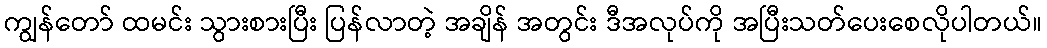
ကျွန်တော် ထမင်း သွားစားပြီး ပြန်လာတဲ့ အချိန် အတွင်း ဒီအလုပ်ကို အပြီးသတ်ပေးစေလိုပါတယ်။